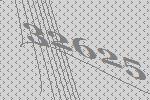
32625